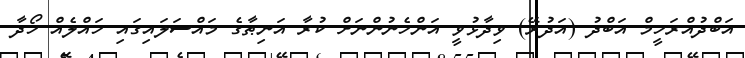
އަބްދުއްރަހީމް އަބްދު (އަދުރޭ) ވިދާޅުވީ އަންހެނުންނަށް ކުރާ އަނިޠާގެ މައްސަލައިގައި ހައްލެއް ހޯދާ